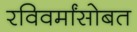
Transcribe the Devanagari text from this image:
रविवर्मांसोबत